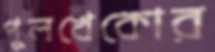
পুলখেকোর